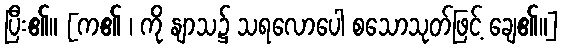
ပြီး၏။ [က၏ ၊ ကို နျာသ၌ သရလောပေါ စသောသုတ်ဖြင့် ချေ၏။]